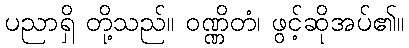
ပညာရှိ တို့သည်။ ဝဏ္ဏိတံ၊ ဖွင့်ဆိုအပ်၏။